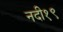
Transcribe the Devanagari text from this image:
नदी१९